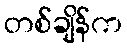
တစ်ချိန်က